Source: Handwritten
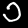
Digit: ၁ (1)